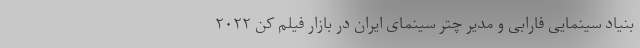
بنیاد سینمایی فارابی و مدیر چتر سینمای ایران در بازار فیلم کن ۲۰۲۲